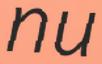
nu